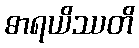
ဓာရယိဿတိ